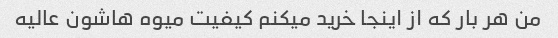
من هر بار که از اینجا خرید میکنم کیفیت میوه هاشون عالیه